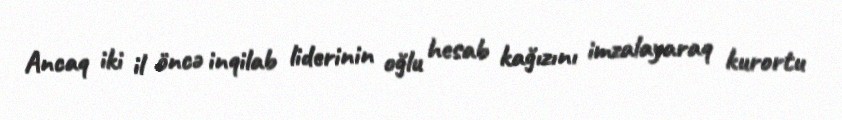
Ancaq iki il öncə inqilab liderinin oğlu hesab kağızını imzalayaraq kurortu